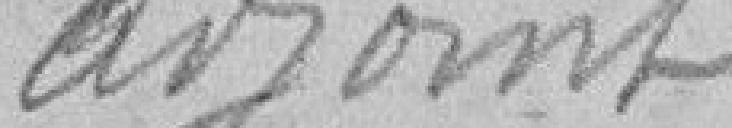
adjoint